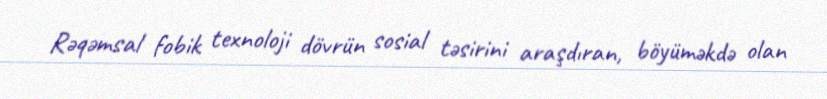
Rəqəmsal fobik texnoloji dövrün sosial təsirini araşdıran, böyüməkdə olan